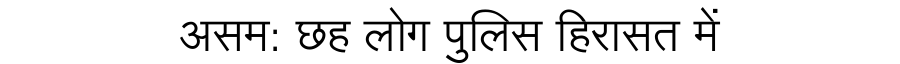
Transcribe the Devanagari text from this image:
असम: छह लोग पुलिस हिरासत में